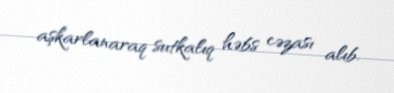
aşkarlanaraq sutkalıq həbs cəzası alıb.